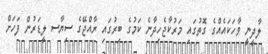
ލާދީނީ ވާހަކައެއްގެ ގޮތުގައި މަރުކާޖެހިދާނެ ކަމުގެ ބިރުގައި ރާއްޖޭގެ ސިޔާސ ލީޑަރުން ފަހަށް